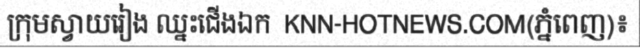
ក្រុមស្វាយរៀង ឈ្នះជើងឯក  KNN-HOTNEWS.COM(ភ្នំពេញ)៖